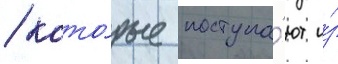
/ кото́рые поступа́ют и́з